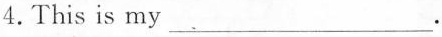
4. This is my ___ .